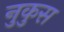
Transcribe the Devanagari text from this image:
नुकुस